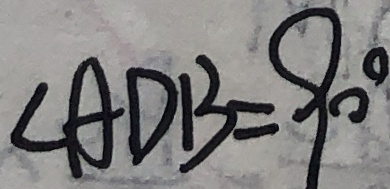
\angle A D B = 9 0 ^ { \circ }